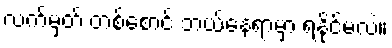
လက်မှတ် တစ်စောင် ဘယ်နေရာမှာ ရနိုင်မလဲ။